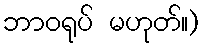
ဘာဝရုပ် မဟုတ်။)